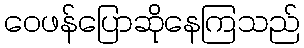
ဝေဖန်ပြောဆိုနေကြသည်